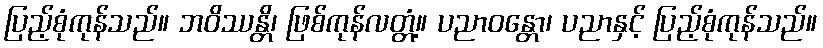
ပြည့်စုံကုန်သည်။ ဘဝိဿန္တိ၊ ဖြစ်ကုန်လတ္တံ့။ ပညာဝန္တော၊ ပညာနှင့် ပြည့်စုံကုန်သည်။